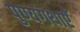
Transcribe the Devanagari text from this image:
पुण्यगथाएँ